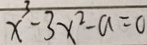
x ^ { 3 } - 3 x ^ { 2 } - a = 0